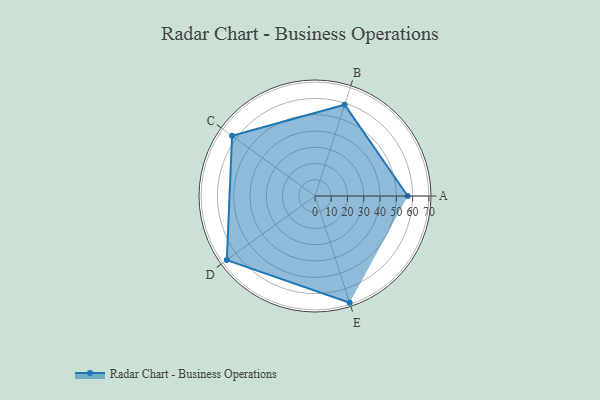
{"axis": {"x": "Skill", "y": "Score"}, "legend": ["Profile"], "data": [{"x": "A", "y": 57.0, "type": "Profile"}, {"x": "B", "y": 59.0, "type": "Profile"}, {"x": "C", "y": 63.0, "type": "Profile"}, {"x": "D", "y": 67.0, "type": "Profile"}, {"x": "E", "y": 69.0, "type": "Profile"}]}